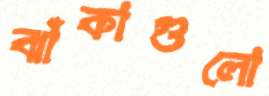
ঝাঁকাগুলো